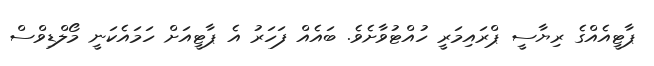
ޕާޓީއެއްގެ ރިޔާސީ ޕްރައިމަރީ ހުއްޓުވާށެވެ. ބައެއް ފަހަރު އެ ޕާޓީއަށް ހަމައެކަނީ މޯލްޑިވްސް